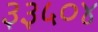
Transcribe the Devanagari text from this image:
३३५०४